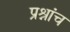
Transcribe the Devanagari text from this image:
प्रश्नांच